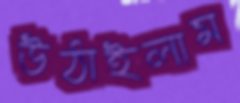
উঠাইলাম